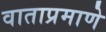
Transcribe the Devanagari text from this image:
वाताप्रमाणे